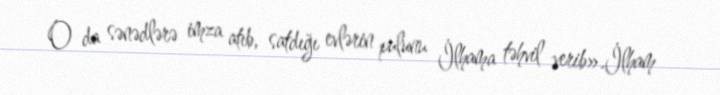
O da sənədlərə imza atıb, satdığı evlərin pulunu İlhama təhvil verib».İlham